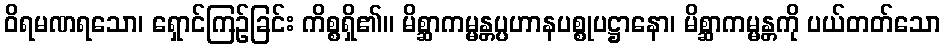
ဝိရမဏရသော၊ ရှောင်ကြဉ်ခြင်း ကိစ္စရှိ၏။ မိစ္ဆာကမ္မန္တပ္ပဟာနပစ္စုပဋ္ဌာနော၊ မိစ္ဆာကမ္မန္တကို ပယ်တတ်သော